Jarvakandi_vallavalitsus, lk 69
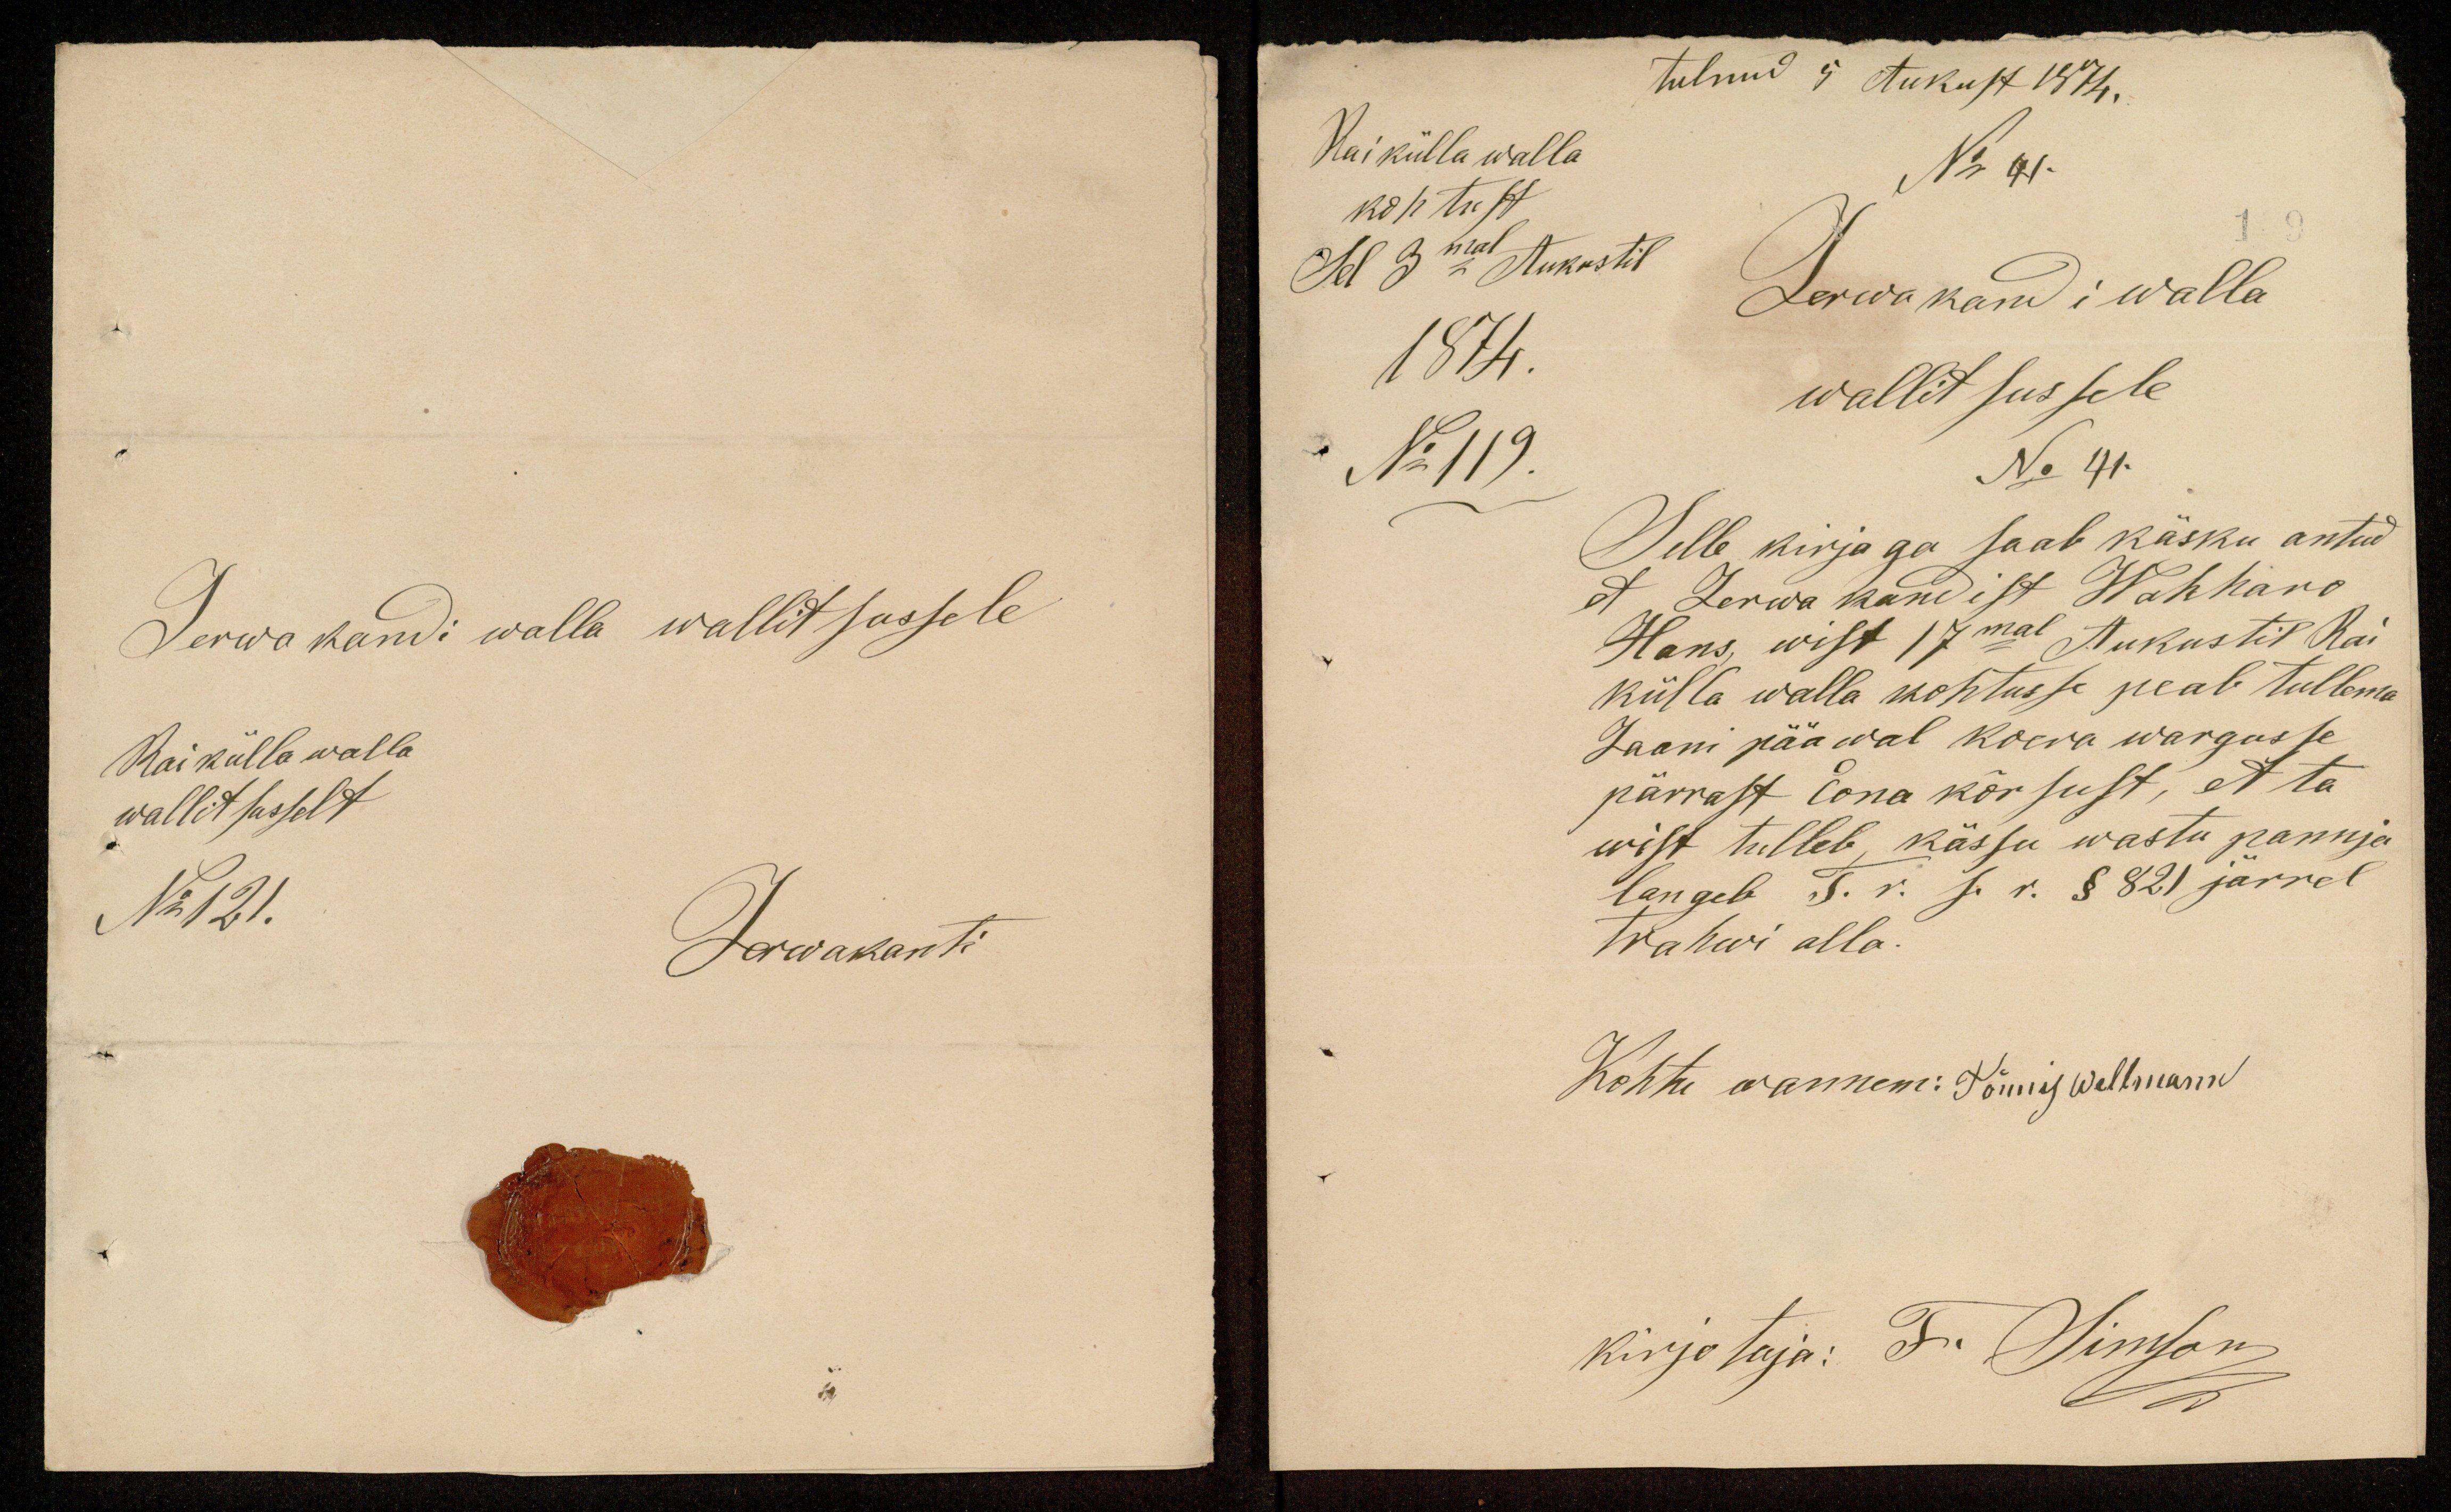
tulnud 9 Aukust 1874.
Kai külla walla
No 41.
kohtust
Sel 3mal Aukustil
Jerwakandi walla
1874.
wallitsussele
No 119.
No 41.
Selle kirjaga saab käsku antud,
et, Jerwa kandist Wahharo
Hans, wist 17mal Aukustil Rai
külla walla kohtusse peab tullema
Jaani pääwal koera wargusse
pärrast lona kõrsust, et ta
wist tulleb kässu wastu pannja
langeb T. v. s. r. § 821 järrel
Trahwi alla.
Kohtu wannem: Tönnis Wellmann
kirjotaja: F. Simson

Jerwakandi walla wallit sussele
Rai külla walla
wallitsusselt
No 121.
Jerwakanti